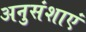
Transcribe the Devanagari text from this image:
अनुसंशाएं